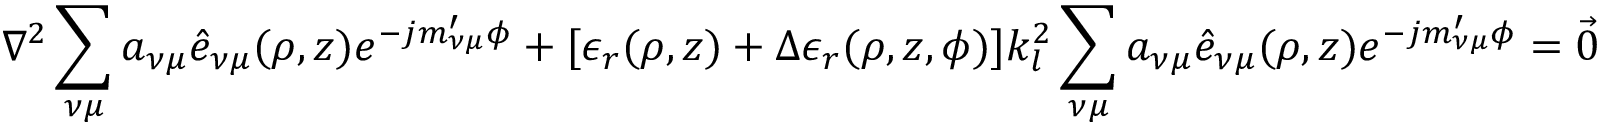
\nabla ^ { 2 } \sum _ { \nu \mu } a _ { \nu \mu } \hat { e } _ { \nu \mu } ( \rho , z ) e ^ { - j m _ { \nu \mu } ^ { \prime } \phi } + [ \epsilon _ { r } ( \rho , z ) + \Delta \epsilon _ { r } ( \rho , z , \phi ) ] k _ { l } ^ { 2 } \sum _ { \nu \mu } a _ { \nu \mu } \hat { e } _ { \nu \mu } ( \rho , z ) e ^ { - j m _ { \nu \mu } ^ { \prime } \phi } = { \vec { 0 } }